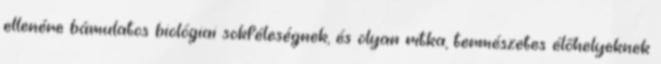
ellenére bámulatos biológiai sokféleségnek, és olyan ritka, természetes élőhelyeknek